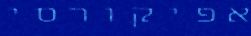
אפיקורסי